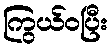
ကြွယ်ဝပြီး